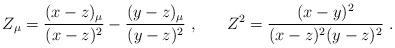
\begin{align*}Z_{ \mu } = \frac{(x-z)_{\mu}}{(x-z)^2} - \frac{(y-z)_{\mu}}{(y-z)^2} \; \mbox{,}\hspace{0.8cm} Z^2 = \frac{(x-y)^2}{ (x-z)^2 (y-z)^2} \; \mbox{.} \end{align*}